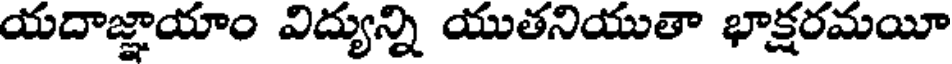
యదాజ్ఞాయాం విద్యున్ని యుతనియుతా భాక్షరమయీ